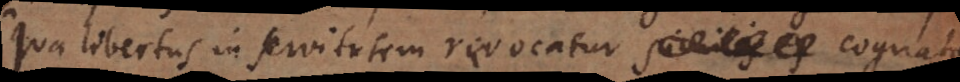
qua libertus in servitutem revocatur cognata